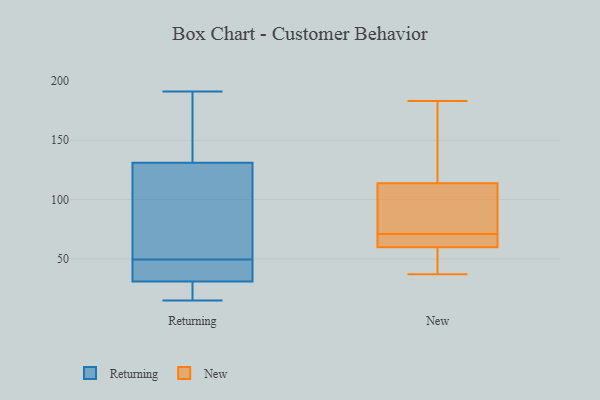
{"axis": {"x": "Inventory Turnover", "y": "Value"}, "legend": ["New", "Returning"], "data": [{"x": "", "y": 31, "type": "Returning"}, {"x": "", "y": 50, "type": "Returning"}, {"x": "", "y": 21, "type": "Returning"}, {"x": "", "y": 48, "type": "Returning"}, {"x": "", "y": 49, "type": "Returning"}, {"x": "", "y": 191, "type": "Returning"}, {"x": "", "y": 166, "type": "Returning"}, {"x": "", "y": 15, "type": "Returning"}, {"x": "", "y": 101, "type": "Returning"}, {"x": "", "y": 131, "type": "Returning"}, {"x": "", "y": 62, "type": "New"}, {"x": "", "y": 113, "type": "New"}, {"x": "", "y": 102, "type": "New"}, {"x": "", "y": 59, "type": "New"}, {"x": "", "y": 114, "type": "New"}, {"x": "", "y": 71, "type": "New"}, {"x": "", "y": 37, "type": "New"}, {"x": "", "y": 183, "type": "New"}, {"x": "", "y": 52, "type": "New"}, {"x": "", "y": 71, "type": "New"}, {"x": "", "y": 138, "type": "New"}]}